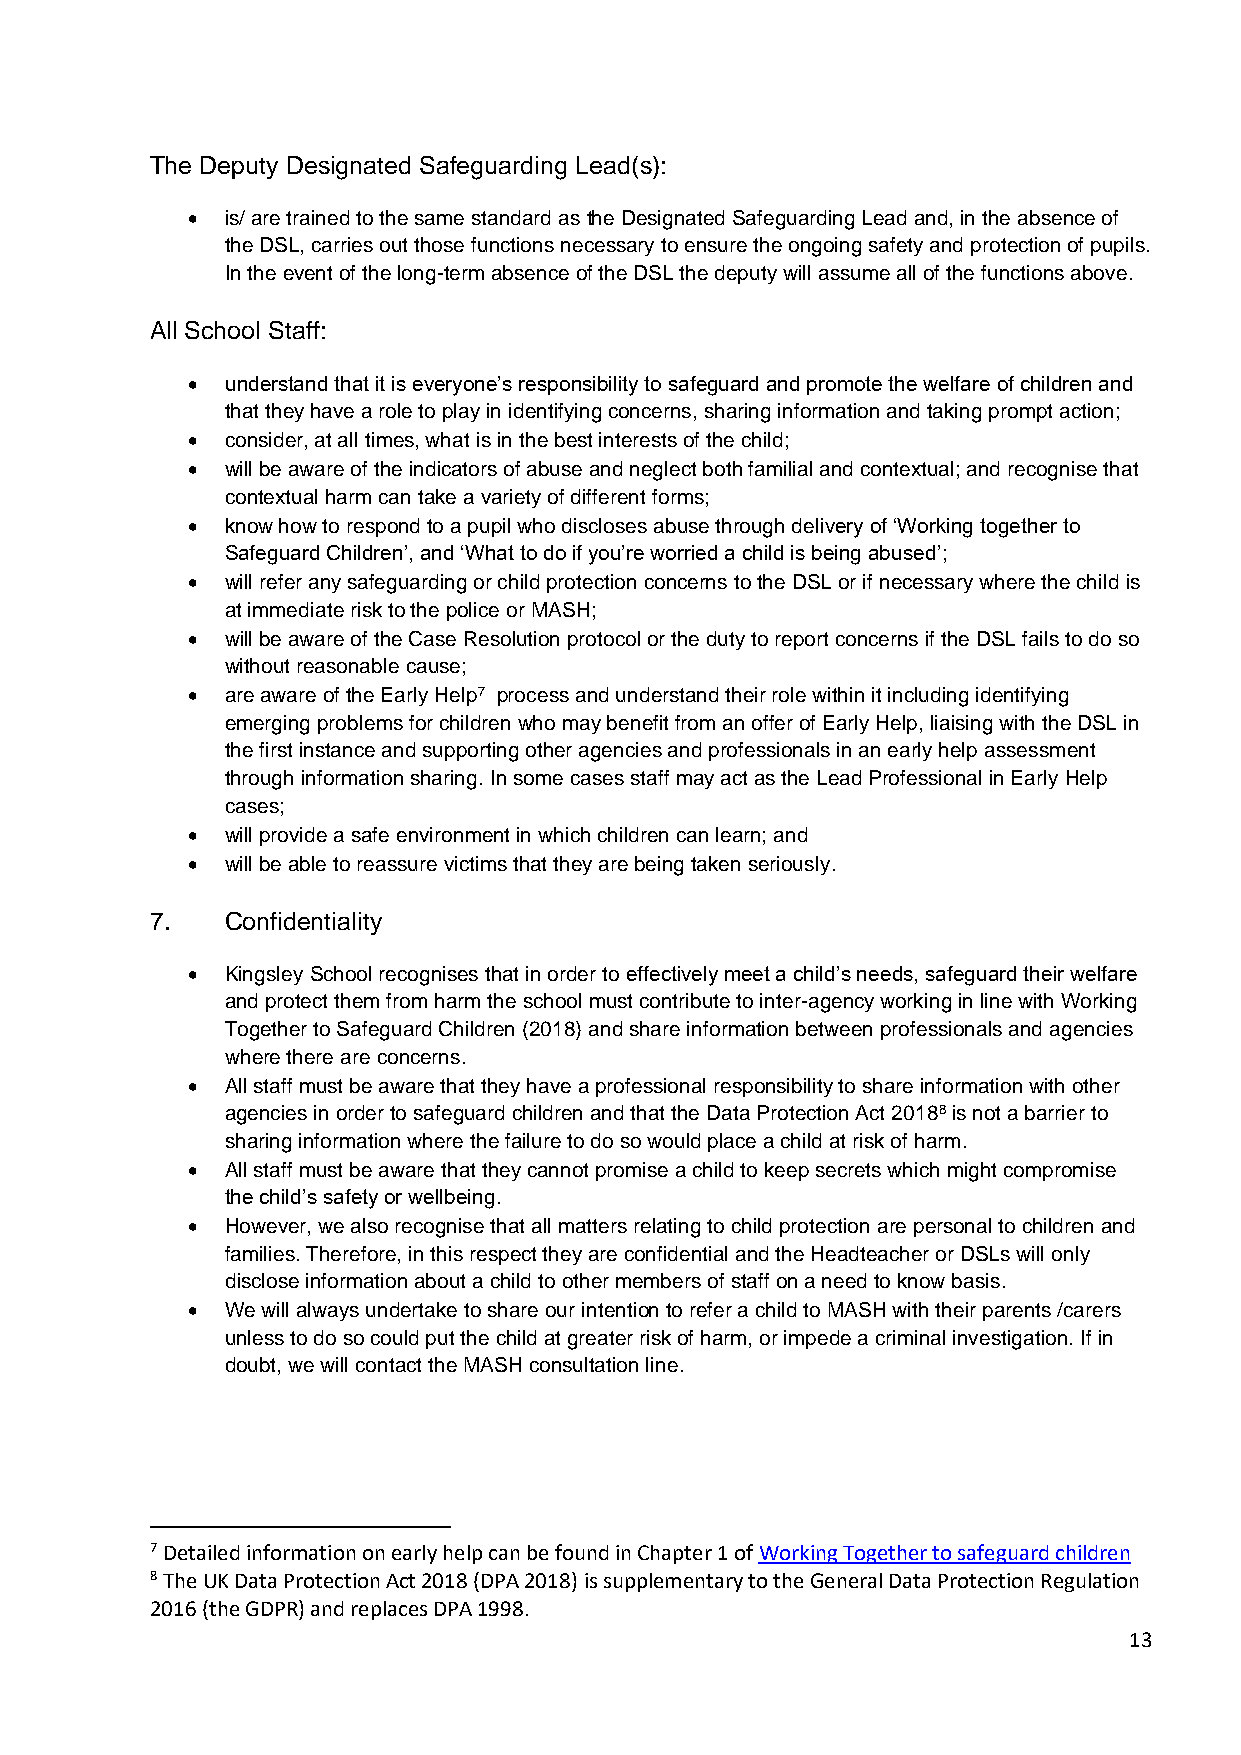
The Deputy Designated Safeguarding Lead(s):
 •  is/ are trained to the same standard as the Designated Safeguarding Lead and, in the absence of
 the DSL, carries out those functions necessary to ensure the ongoing safety and protection of pupils.
 In the event of the long-term absence of the DSL the deputy will assume all of the functions above.
 All School Staff:
 •  understand that it is everyone’s responsibility to safeguard and promote the welfare of children and
 that they have a role to play in identifying concerns, sharing information and taking prompt action;
 •  consider, at all times, what is in the best interests of the child;
 •  will be aware of the indicators of abuse and neglect both familial and contextual; and recognise that
 contextual harm can take a variety of different forms;
 •  know how to respond to a pupil who discloses abuse through delivery of ‘Working together to
 Safeguard Children’, and ‘What to do if you’re worried a child is being abused’;
 •  will refer any safeguarding or child protection concerns to the DSL or if necessary where the child is
 at immediate risk to the police or MASH;
 •  will be aware of the Case Resolution protocol or the duty to report concerns if the DSL fails to do so
 without reasonable cause;
 •  are aware of the Early Help7 process and understand their role within it including identifying
 emerging problems for children who may benefit from an offer of Early Help, liaising with the DSL in
 the first instance and supporting other agencies and professionals in an early help assessment
 through information sharing. In some cases staff may act as the Lead Professional in Early Help
 cases;
 •  will provide a safe environment in which children can learn; and
 •  will be able to reassure victims that they are being taken seriously.
 7.   Confidentiality
 •  Kingsley School recognises that in order to effectively meet a child’s needs, safeguard their welfare
 and protect them from harm the school must contribute to inter-agency working in line with Working
 Together to Safeguard Children (2018) and share information between professionals and agencies
 where there are concerns.
 •  All staff must be aware that they have a professional responsibility to share information with other
 agencies in order to safeguard children and that the Data Protection Act 20188 is not a barrier to
 sharing information where the failure to do so would place a child at risk of harm.
 •  All staff must be aware that they cannot promise a child to keep secrets which might compromise
 the child’s safety or wellbeing.
 •  However, we also recognise that all matters relating to child protection are personal to children and
 families. Therefore, in this respect they are confidential and the Headteacher or DSLs will only
 disclose information about a child to other members of staff on a need to know basis.
 •  We will always undertake to share our intention to refer a child to MASH with their parents /carers
 unless to do so could put the child at greater risk of harm, or impede a criminal investigation. If in
 doubt, we will contact the MASH consultation line.
 7 Detailed information on early help can be found in Chapter 1 of Working Together to safeguard children
 8 The UK Data Protection Act 2018 (DPA 2018) is supplementary to the General Data Protection Regulation
 2016 (the GDPR) and replaces DPA 1998.
 13